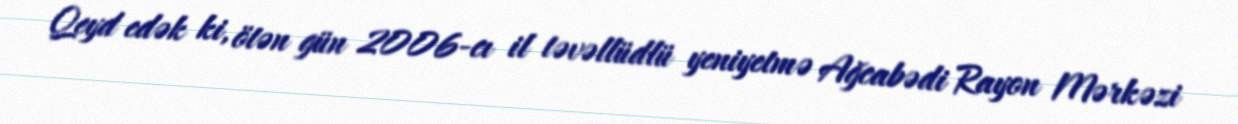
Qeyd edək ki, ötən gün 2006-cı il təvəllüdlü yeniyetmə Ağcabədi Rayon Mərkəzi